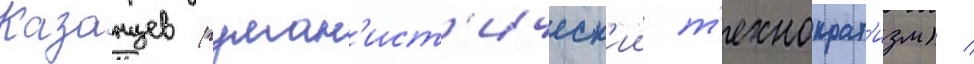
Казанцев (гуман'ист'ическ'ии т'ехнократ'изм) /